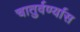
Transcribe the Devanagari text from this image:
चातुर्वर्ण्यास